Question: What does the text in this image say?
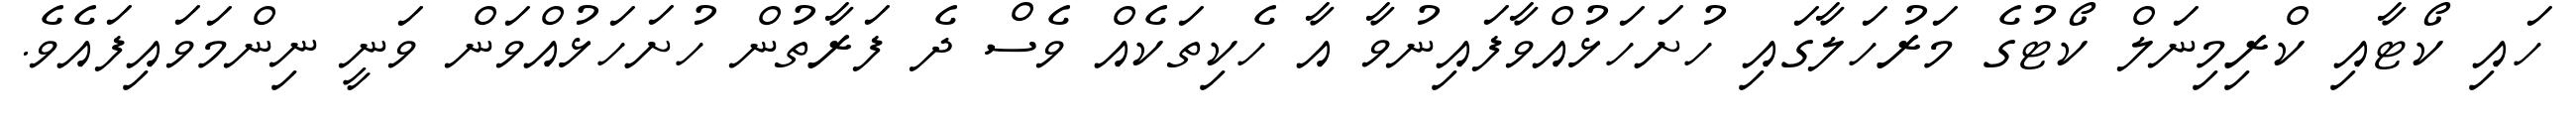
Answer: ހައި ކޯޓާއި ކްރިމިނަލް ކޯޓުގެ މަރުހަލާގައި ހުށަހަޅުއްވާފައިނުވާ އާ ހެކިތަކެއް ވެސް ދެ ފަރާތުން ހުށަހަޅުއްވަން ވަނީ ނިންމަވައިފައެވެ.